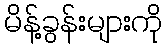
မိန့်ခွန်းများကို